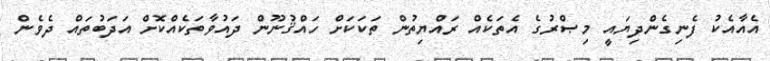
އެއާއެކު ފެނިގެންދިޔައީ މިޞްރުގެ އެތަކެއް ރައްޔިތުން ތަކަކަށް ހައްޤުނޫން ދައުވާތަކެއްކޮށް އަދަބުތައް ދެވެން